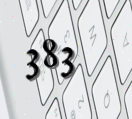
383